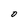
Character: 0